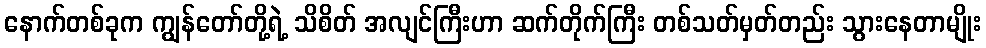
နောက်တစ်ခုက ကျွန်တော်တို့ရဲ့ သိစိတ် အလျင်ကြီးဟာ ဆက်တိုက်ကြီး တစ်သတ်မှတ်တည်း သွားနေတာမျိုး